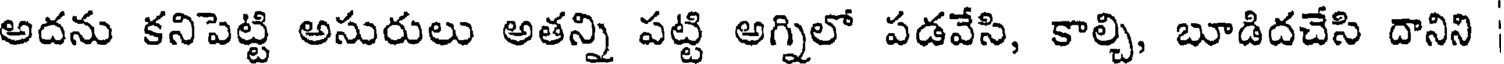
అదను కనిపెట్టి అసురులు అతన్ని పట్టి అగ్నిలో పడవేసి, కాల్చి, బూడిదచేసి దానిని